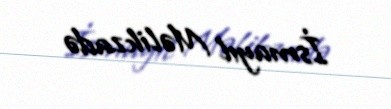
İsmayıl Məlikzadə